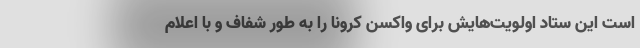
است این ستاد اولویت‌هایش برای واکسن کرونا را به طور شفاف و با اعلام